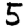
Digit: 5